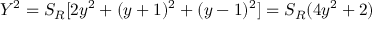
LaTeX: Y ^ { 2 } = S _ { R } [ 2 y ^ { 2 } + ( y + 1 ) ^ { 2 } + ( y - 1 ) ^ { 2 } ] = S _ { R } ( 4 y ^ { 2 } + 2 )